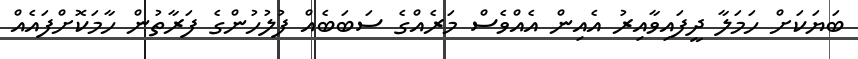
ބަޔަކަށް ހަމަލާ ދީފައިވާއިރު އެއިން އެއްވެސް މަރެއްގެ ސަބަބެއް ފުލުހުންގެ ފަރާތުން ހާމަކޮށްފައެއް